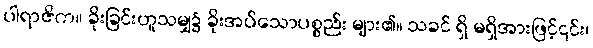
ပါရာဇိက။ ခိုးခြင်းဟူသမျှ၌ ခိုးအပ်သောပစ္စည်း များ၏။ သခင် ရှိ မရှိအားဖြင့်၎င်း၊